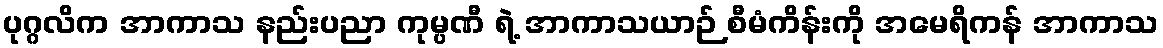
ပုဂ္ဂလိက အာကာသ နည်းပညာ ကုမ္ပဏီ ရဲ့ အာကာသယာဉ် စီမံကိန်းကို အမေရိကန် အာကာသ